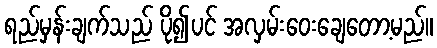
ရည်မှန်းချက်သည် ပို၍ပင် အလှမ်းဝေးချေတော့မည်။